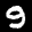
Label: 9